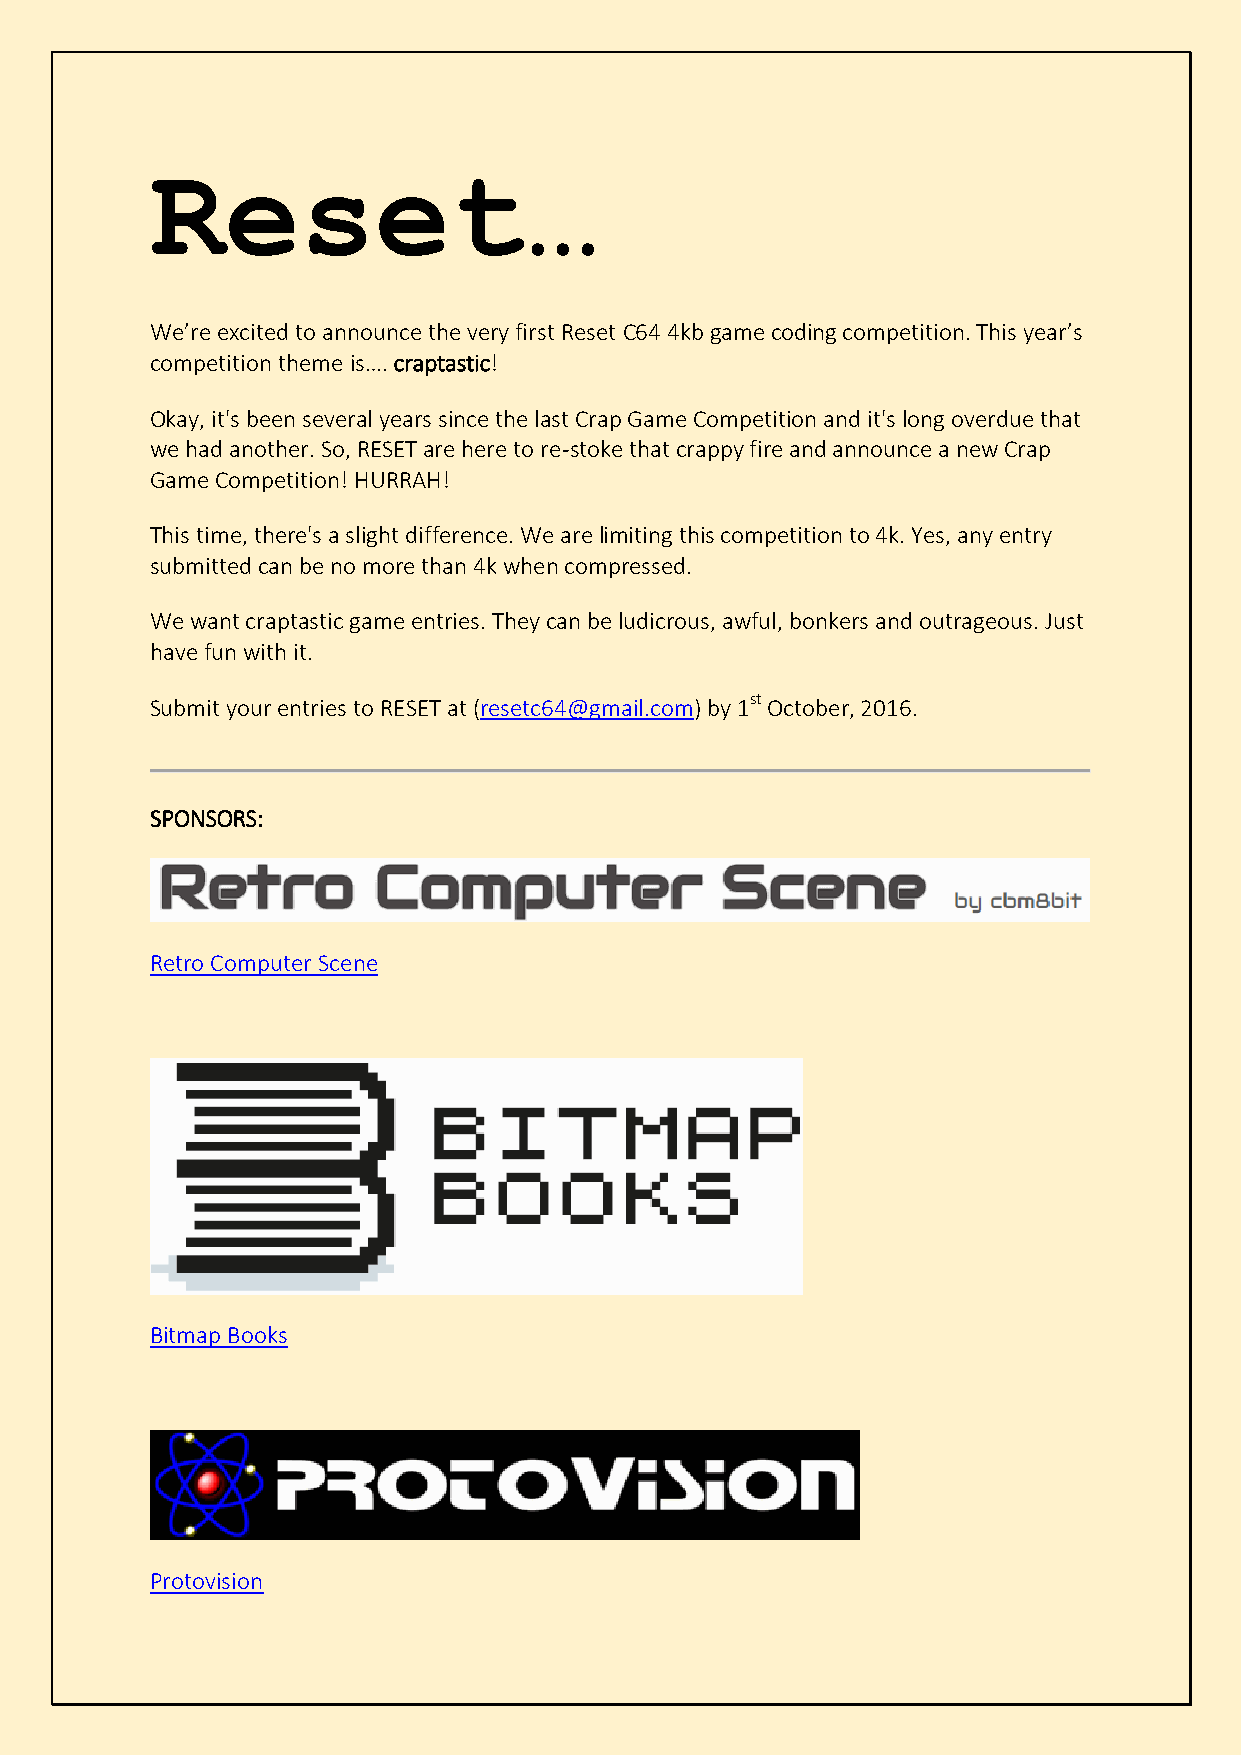
Reset…
 We’re excited to announce the very first Reset C64 4kb game coding competition. This year’s
 competition theme is…. craptastic!
 Okay, it's been several years since the last Crap Game Competition and it's long overdue that
 we had another. So, RESET are here to re-stoke that crappy fire and announce a new Crap
 Game Competition! HURRAH!
 This time, there's a slight difference. We are limiting this competition to 4k. Yes, any entry
 submitted can be no more than 4k when compressed.
 We want craptastic game entries. They can be ludicrous, awful, bonkers and outrageous. Just
 have fun with it.
 Submit your entries to RESET at (resetc64@gmail.com) by 1st October, 2016.
 SPONSORS:
 Retro Computer Scene
 Bitmap Books
 Protovision